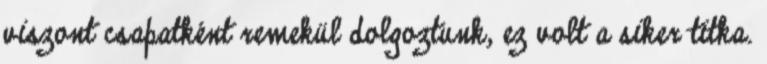
viszont csapatként remekül dolgoztunk, ez volt a siker titka.